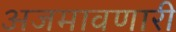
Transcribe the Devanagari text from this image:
अजमावणारी